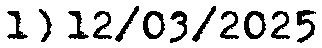
1) 12/03/2025